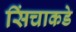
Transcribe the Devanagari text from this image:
सिंचाकडे